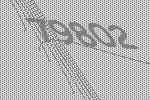
79802